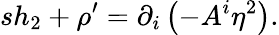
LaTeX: sh_{2}+\rho^{\prime}=\partial_{i}\left(-A^{i}\eta^{2}\right).